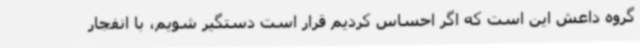
گروه داعش این است که اگر احساس کردیم قرار است دستگیر شویم، با انفجار